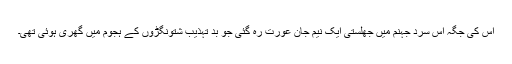
اس کی جگہ اس سرد جہنم میں جھلستی ایک نیم جان عورت رہ گئی جو بد تہذیب شتونگڑوں کے ہجوم میں گھری ہوئی تھی۔